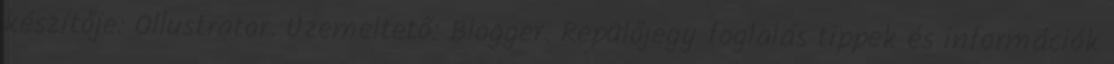
készítője: Ollustrator. Üzemeltető: Blogger. Repülőjegy foglalás tippek és információk